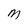
Character: M